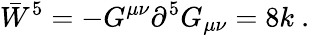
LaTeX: \bar{W}^{5}=-G^{\mu\nu}\partial^{5}G_{\mu\nu}=8k\ .